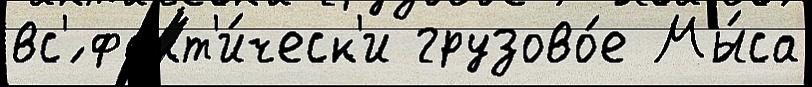
вс'́ факт'и́ческ'и грузово́е Мы́са